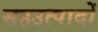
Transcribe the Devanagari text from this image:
सहउत्पादों